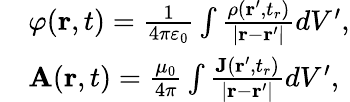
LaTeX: {\begin{array}{rl}&{\varphi(\mathbf{r},t)={\frac{1}{4\pi\varepsilon_{0}}}\int{\frac{\rho(\mathbf{r}^{\prime},t_{r})}{|\mathbf{r}-\mathbf{r}^{\prime}|}}dV^{\prime},}\\ &{\mathbf{A}(\mathbf{r},t)={\frac{\mu_{0}}{4\pi}}\int{\frac{\mathbf{J}(\mathbf{r}^{\prime},t_{r})}{|\mathbf{r}-\mathbf{r}^{\prime}|}}dV^{\prime},}\end{array}}